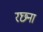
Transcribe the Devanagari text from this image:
रछ्ना